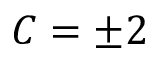
C = \pm 2